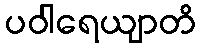
ပဝါရေယျာတိ